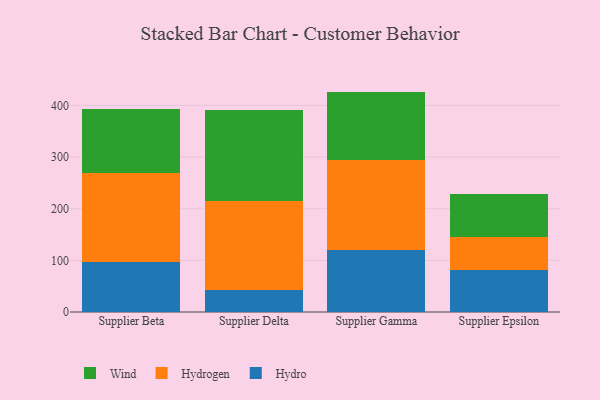
{"axis": {"x": "Supplier", "y": "Demand Index"}, "legend": ["Hydro", "Hydrogen", "Wind"], "data": [{"x": "Supplier Beta", "y": 96.8, "type": "Hydro"}, {"x": "Supplier Beta", "y": 172.3, "type": "Hydrogen"}, {"x": "Supplier Beta", "y": 123.1, "type": "Wind"}, {"x": "Supplier Delta", "y": 42.2, "type": "Hydro"}, {"x": "Supplier Delta", "y": 172.6, "type": "Hydrogen"}, {"x": "Supplier Delta", "y": 175.9, "type": "Wind"}, {"x": "Supplier Gamma", "y": 119.6, "type": "Hydro"}, {"x": "Supplier Gamma", "y": 175.0, "type": "Hydrogen"}, {"x": "Supplier Gamma", "y": 132.1, "type": "Wind"}, {"x": "Supplier Epsilon", "y": 82.2, "type": "Hydro"}, {"x": "Supplier Epsilon", "y": 62.4, "type": "Hydrogen"}, {"x": "Supplier Epsilon", "y": 84.5, "type": "Wind"}]}